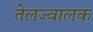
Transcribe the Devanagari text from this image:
तेलज्वालक